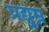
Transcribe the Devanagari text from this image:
प्रद्यु्म्न